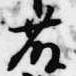
藤